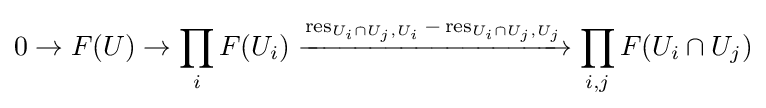
0\to F(U)\to \prod _{i}F(U_{i})\xrightarrow {\operatorname {res} _{U_{i}\cap U_{j},U_{i}}-\operatorname {res} _{U_{i}\cap U_{j},U_{j}}} \prod _{i,j}F(U_{i}\cap U_{j})